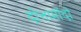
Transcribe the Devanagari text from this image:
दीत्तामोंदो